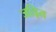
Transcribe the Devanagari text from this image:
जड़ित